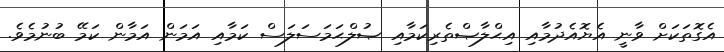
އެގޮތަކަށް ވާނީ އެޔޮއެދުމާއި އިޙްލާޞްތެރިކަމާއި ޞުލްޙަމަސަލަސް ކަމާއި އަމަން އަމާން ކަމޭ ބުނުމެވެ.